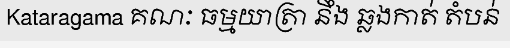
Kataragama គណៈ ធម្មយាត្រា នឹង ឆ្លងកាត់ តំបន់